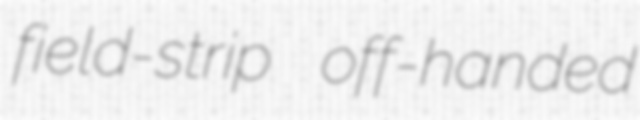
field-strip off-handed